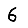
Digit: 6